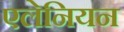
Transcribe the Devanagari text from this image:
एलेनियन